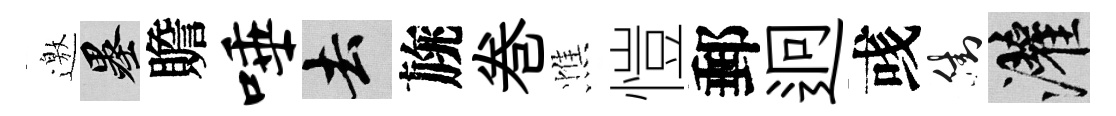
邀墨贍唾去旐巻憔愷郵迥彧街灌